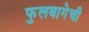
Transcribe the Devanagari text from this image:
फुलबागेची